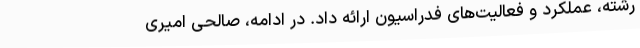
رشته، عملکرد و فعالیت‌های فدراسیون ارائه داد. در ادامه، صالحی امیری